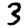
Digit: 3